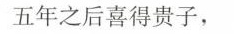
五年之后喜得贵子，